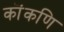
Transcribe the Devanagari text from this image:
कॊंकणि